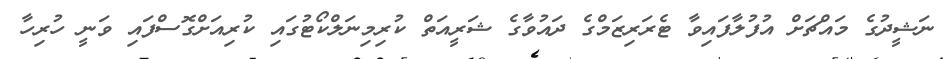
ނަޝީދުގެ މައްޗަށް އުފުލާފައިވާ ޓެރަރިޒަމްގެ ދައުވާގެ ޝަރީއަތް ކުރިމިނަލްކޯޓުގައި ކުރިއަށްގޮސްފައި ވަނީ ހުރިހާ